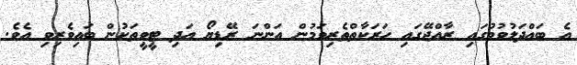
އެ ބައްދަލުވުމުގައި ރާއްޖޭގައި ހަރަކާތްތެރިވަމުން އަންނަ ރޭޑިޔޯ އަދި ޓީވީތަކުން ބައިވެރިވި އެވެ.